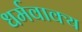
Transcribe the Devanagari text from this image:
धर्मवाक्य